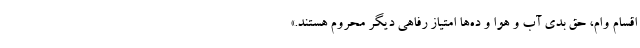
اقسام وام، حق بدی آب و هوا و ده‌ها امتیاز رفاهی دیگر محروم هستند.»